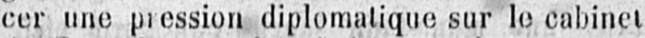
diplomatique sur le cabinet